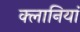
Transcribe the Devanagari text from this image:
क्लानियां